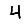
Digit: 4